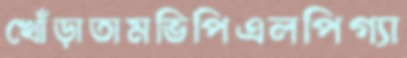
খোঁড়াতামভিপিএলপিগ্যা